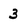
Character: 3